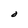
Character: O